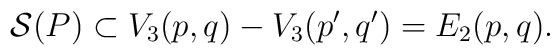
{\cal S}(P) \subset V_3(p,q)-V_3(p',q') = E_2(p,q).